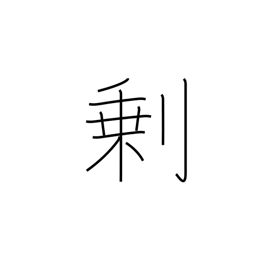
Meaning: surplus